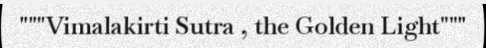
"""Vimalakirti Sutra , the Golden Light"""